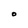
Character: O